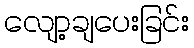
လျော့ချပေးခြင်း